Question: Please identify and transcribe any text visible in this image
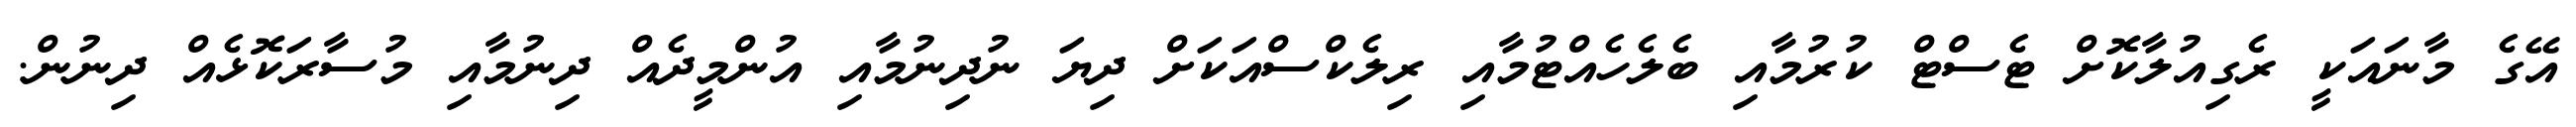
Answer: އޭގެ މާނައަކީ ރެގިއުލާކޮށް ޓެސްޓް ކުރުމާއި ބެލެހެއްޓުމާއި ރިލެކްސްއަކަށް ދިޔަ ނުދިނުމާއި އުންމީދެއް ދިނުމާއި މުސާރަކޮޅެއް ދިނުން.